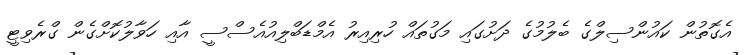
އެގޮތުން ކައުންސިލްގެ ބެލުމުގެ ދަށުގައި މަގުތައް ހުރިއިރު އެމްޑަބްލިއުއެސްސީ އާއި ހަވާލުކޮށްގެން ގްރެވިޓީ